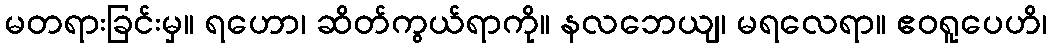
မတရားခြင်းမှ။ ရဟော၊ ဆိတ်ကွယ်ရာကို။ နလဘေယျ၊ မရလေရာ။ ဧဝရူပေဟိ၊